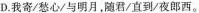
D.我寄/愁心/与明月，随君/直到/夜郎西。